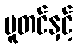
ပူတင်နှင့်